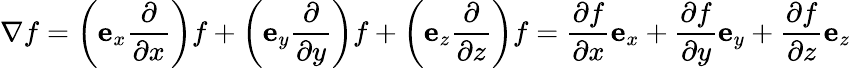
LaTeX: \nabla f=\left(\mathbf{e}_{x}{\frac{\partial}{\partial x}}\right)f+\left(\mathbf{e}_{y}{\frac{\partial}{\partial y}}\right)f+\left(\mathbf{e}_{z}{\frac{\partial}{\partial z}}\right)f={\frac{\partial f}{\partial x}}\mathbf{e}_{x}+{\frac{\partial f}{\partial y}}\mathbf{e}_{y}+{\frac{\partial f}{\partial z}}\mathbf{e}_{z}